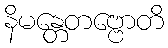
နိမန္တေတဗ္ဗောတိ